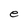
Character: e